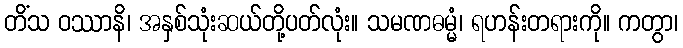
တိံသ ဝဿာနိ၊ အနှစ်သုံးဆယ်တို့ပတ်လုံး။ သမဏဓမ္မံ၊ ရဟန်းတရားကို။ ကတွာ၊